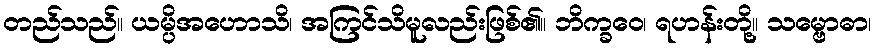
တည်သည်။ ယမ္ပိအဟောသိ၊ အကြင်သိမူလည်းဖြစ်၏။ ဘိက္ခဝေ၊ ရဟန်းတို့။ သမ္ဗောဓာ၊